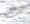
تلف